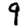
Digit: 9